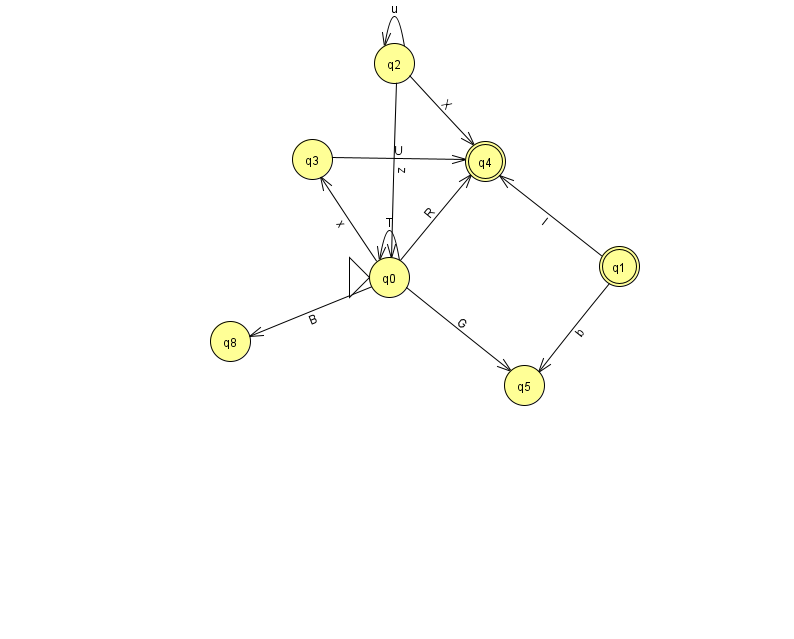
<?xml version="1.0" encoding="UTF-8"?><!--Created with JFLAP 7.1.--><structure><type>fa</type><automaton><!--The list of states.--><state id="0" name="q0"><x>389.0</x><y>264.0</y><initial/></state><state id="1" name="q1"><x>619.0</x><y>253.0</y><final/></state><state id="2" name="q2"><x>394.0</x><y>50.0</y></state><state id="3" name="q3"><x>312.0</x><y>146.0</y></state><state id="4" name="q4"><x>485.0</x><y>148.0</y><final/></state><state id="5" name="q5"><x>524.0</x><y>372.0</y></state><state id="8" name="q8"><x>230.0</x><y>328.0</y></state><!--The list of transitions.--><transition><from>0</from><to>0</to><read>T</read></transition><transition><from>0</from><to>4</to><read>R</read></transition><transition><from>2</from><to>2</to><read>u</read></transition><transition><from>0</from><to>3</to><read>x</read></transition><transition><from>0</from><to>8</to><read>B</read></transition><transition><from>2</from><to>4</to><read>X</read></transition><transition><from>1</from><to>5</to><read>b</read></transition><transition><from>1</from><to>4</to><read>l</read></transition><transition><from>3</from><to>4</to><read>U</read></transition><transition><from>0</from><to>5</to><read>G</read></transition><transition><from>2</from><to>0</to><read>z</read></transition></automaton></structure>